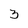
Character: 3